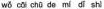
wǒ cāi chū de mí dǐ shì